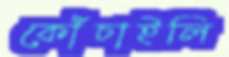
কোঁচাইলি